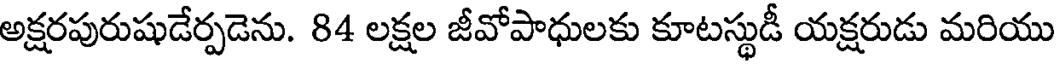
అక్షరపురుషుడేర్పడెను. 84 లక్షల జీవోపాధులకు కూటస్థుడీ యక్షరుడు మరియు